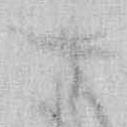
す